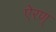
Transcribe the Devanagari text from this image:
ऐरण्